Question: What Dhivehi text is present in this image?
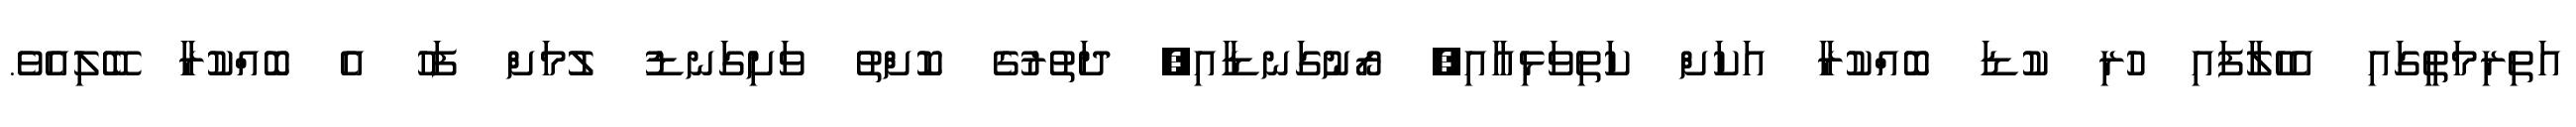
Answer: އަތިރިމަތީގައި އެހެލާފައި ހުރި ކުޑަ ބޮއްކުރާ އަކަށް ކަތިވަޅިއާއި, ރޯނުގަނޑާއި, ދަތުރުގެ ކޮށްތު ވަށިގަނޑު ލުމަށް ފަހު އެ ބޮއްކުރާ ބޭލިއެވެ.